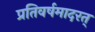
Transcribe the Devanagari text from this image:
प्रतिवर्षमादरत्